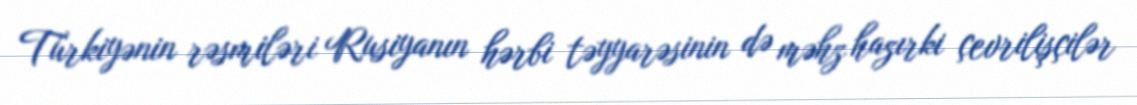
Türkiyənin rəsmiləri Rusiyanın hərbi təyyarəsinin də məhz hazırki çevrilişçilər